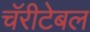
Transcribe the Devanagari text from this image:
चॅरीटेबल